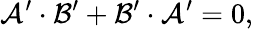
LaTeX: \mathcal{A}^{\prime}\cdot\mathcal{B}^{\prime}+\mathcal{B}^{\prime}\cdot\mathcal{A}^{\prime}=0,